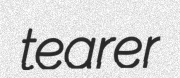
tearer